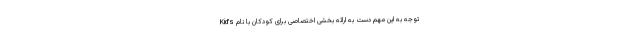
توجه به این مهم دست به ارائه بخشی اختصاصی برای کودکان با نام Kid’s